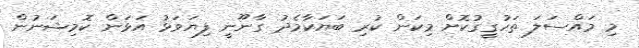
މި މައްސަލަ ތަހުގީގުކޮށް މިކަން ކުރި ބަޔަކާމެދު ގާނޫނީ ފިޔަވަޅު އަޅަން ކޮމިޝަނުން